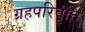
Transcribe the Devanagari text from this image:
ग्रहपरिवृत्ति